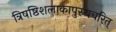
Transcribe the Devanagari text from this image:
त्रिषष्ठिशलाकापुरुषचरित्